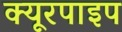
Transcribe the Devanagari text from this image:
क्‍यूरपाइप